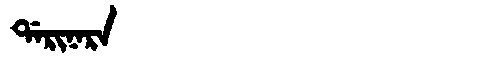
Manchu: ᡩᠠᡵᡳᠨᠠᡵᠠ
Romanization: DARINARA